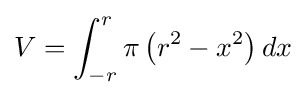
V=\int _{-r}^{r}\pi \left(r^{2}-x^{2}\right)dx